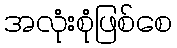
အလုံးစုံဖြစ်စေ